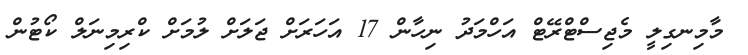
މާމިނގިލީ މެޖިސްޓްރޭޓް އަހްމަދު ނިހާން 17 އަހަރަށް ޖަލަށް ލުމަށް ކްރިމިނަލް ކޯޓުން